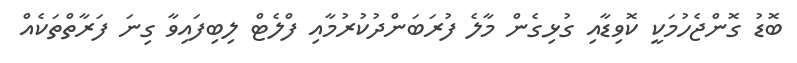
ބޮޑު ގޮންޖެހުމަކީ ކޮވިޑާއި ގުޅިގެން މާލެ ފުރަބަންދުކުރުމާއި ފްލެޓް ލިބިފައިވާ ގިނަ ފަރާތްތަކެއް